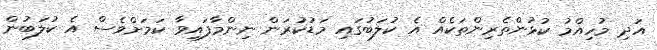
އަދި މުހިއްމު ކުޅުންތެރިންތަކެއް އެ ކުލަބުގައި މަޑުކުރަން ނިންމާފައިވާ ކަމަށްވެސް އެ ކުލަބުން